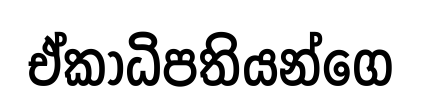
ඒකාධිපතියන්ගෙ